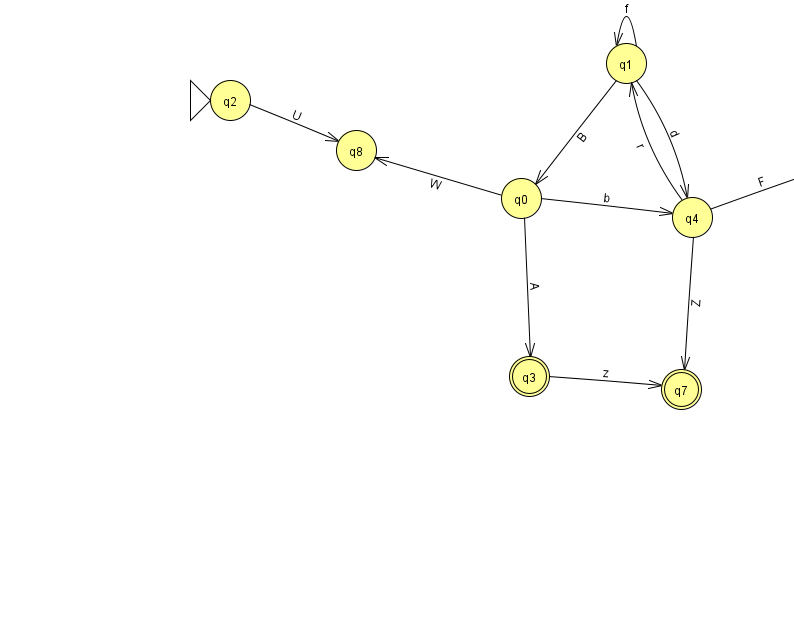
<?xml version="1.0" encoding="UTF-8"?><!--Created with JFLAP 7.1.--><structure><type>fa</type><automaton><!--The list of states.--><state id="0" name="q0"><x>521.0</x><y>185.0</y></state><state id="1" name="q1"><x>626.0</x><y>50.0</y></state><state id="2" name="q2"><x>230.0</x><y>87.0</y><initial/></state><state id="3" name="q3"><x>529.0</x><y>363.0</y><final/></state><state id="4" name="q4"><x>692.0</x><y>204.0</y></state><state id="6" name="q6"><x>838.0</x><y>153.0</y></state><state id="7" name="q7"><x>681.0</x><y>376.0</y><final/></state><state id="8" name="q8"><x>356.0</x><y>137.0</y></state><!--The list of transitions.--><transition><from>0</from><to>4</to><read>b</read></transition><transition><from>1</from><to>4</to><read>d</read></transition><transition><from>3</from><to>7</to><read>z</read></transition><transition><from>4</from><to>1</to><read>r</read></transition><transition><from>1</from><to>0</to><read>B</read></transition><transition><from>1</from><to>1</to><read>f</read></transition><transition><from>0</from><to>8</to><read>W</read></transition><transition><from>4</from><to>7</to><read>Z</read></transition><transition><from>2</from><to>8</to><read>U</read></transition><transition><from>0</from><to>3</to><read>A</read></transition><transition><from>4</from><to>6</to><read>F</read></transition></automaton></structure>